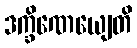
ဒက္ခိဏေယျေတိ